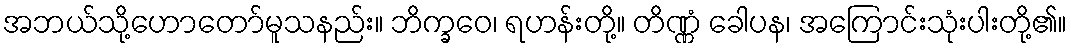
အဘယ်သို့ဟောတော်မူသနည်း။ ဘိက္ခဝေ၊ ရဟန်းတို့။ တိဏ္ဏံ ခေါပန၊ အကြောင်းသုံးပါးတို့၏။